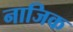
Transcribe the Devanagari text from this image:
नाजिक